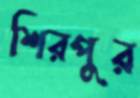
শিরপুর